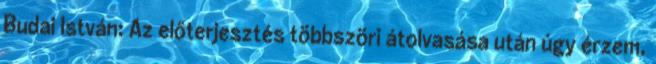
Budai István: Az előterjesztés többszöri átolvasása után úgy érzem,